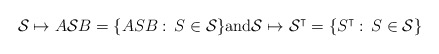
\begin{align*}\mathcal{S} \mapsto A\mathcal{S} B = \{ASB:\,S \in \mathcal{S}\}\textrm{and} \mathcal{S} \mapsto \mathcal{S}^\intercal =\{S^\intercal:\, S \in \mathcal{S}\}\end{align*}